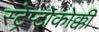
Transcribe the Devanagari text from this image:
स्ट्रेप्टोकोक्की